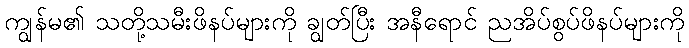
ကျွန်မ၏ သတို့သမီးဖိနပ်များကို ချွတ်ပြီး အနီရောင် ညအိပ်စွပ်ဖိနပ်များကို